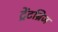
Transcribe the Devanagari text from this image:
ट्रेंटब्रिज